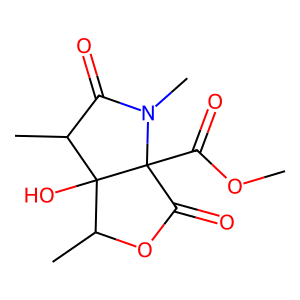
SMILES: COC(=O)C12C(=O)OC(C)C1(O)C(C)C(=O)N2C
Inhibits HIV replication: No